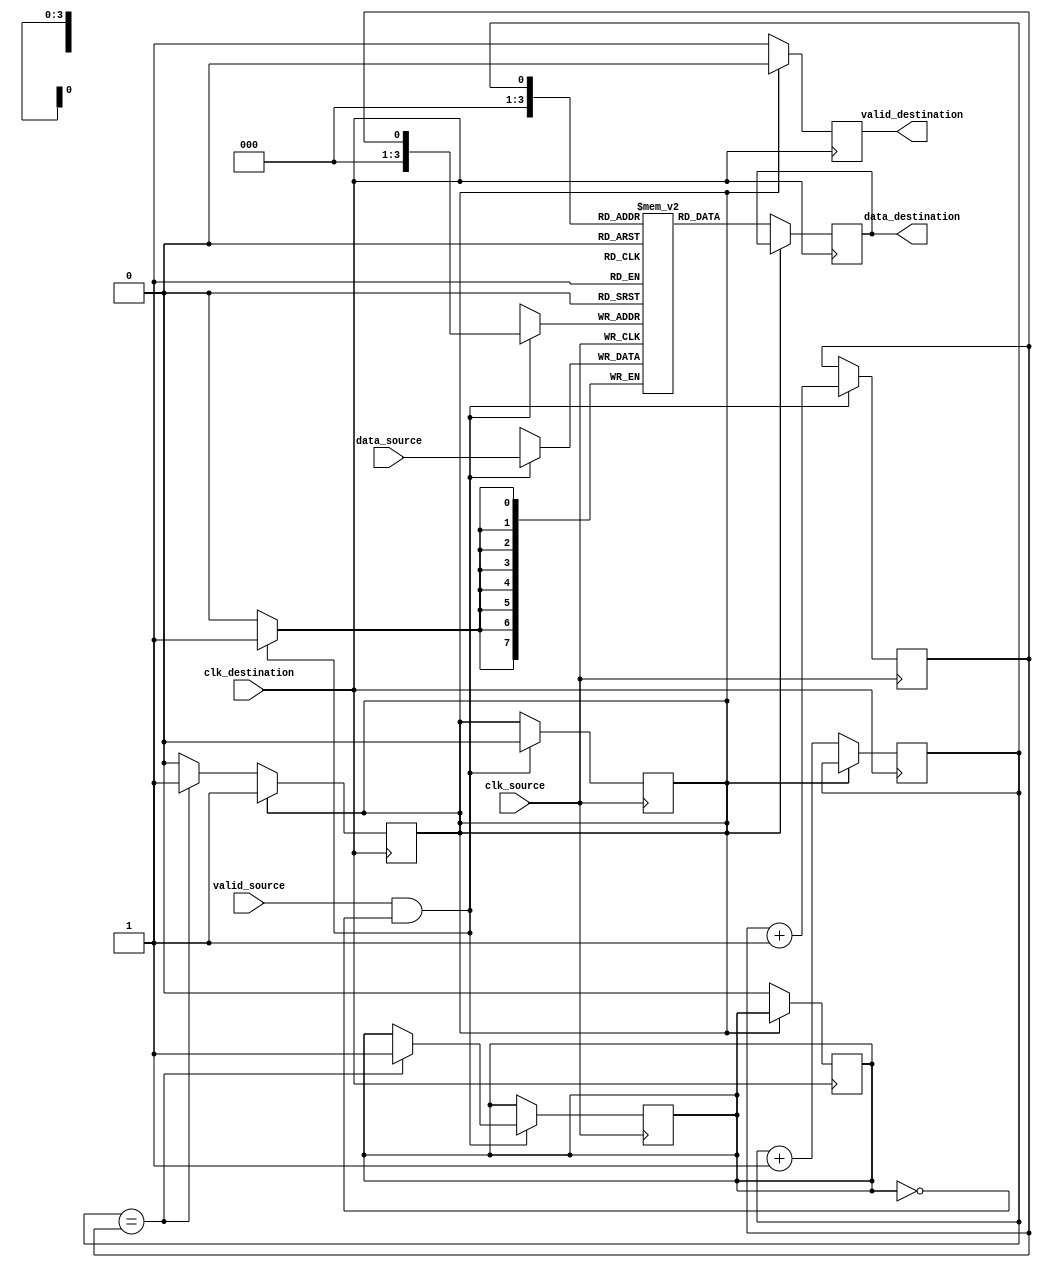
module burst_synchronizer
(
  input wire clk_source, // clock signal for source domain
  input wire [7:0] data_source, // data input from source domain
  input wire valid_source, // valid signal from source domain
  
  input wire clk_destination, // clock signal for destination domain
  output reg [7:0] data_destination, // data output to destination domain
  output reg valid_destination // valid signal to destination domain
);

reg [7:0] data_fifo [0:15]; // FIFO buffer to store incoming data
reg read_ptr, write_ptr; // read and write pointers for FIFO
reg fifo_full, fifo_empty; // flags to indicate FIFO status

always @ (posedge clk_source)
begin
  if (valid_source && !fifo_full) // store incoming data in FIFO if not full
  begin
    data_fifo[write_ptr] <= data_source;
    write_ptr <= write_ptr + 1;
    if (write_ptr == 16)
      write_ptr <= 0;
    if (read_ptr == write_ptr)
      fifo_full <= 1;
    fifo_empty <= 0;
  end
end

always @ (posedge clk_destination)
begin
  if (!fifo_empty) // read data from FIFO if not empty
  begin
    data_destination <= data_fifo[read_ptr];
    read_ptr <= read_ptr + 1;
    if (read_ptr == 16)
      read_ptr <= 0;
    if (read_ptr == write_ptr)
      fifo_empty <= 1;
    fifo_full <= 0;
    valid_destination <= 1;
  end
  else
    valid_destination <= 0;
end

endmodule